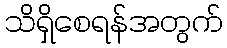
သိရှိစေရန်အတွက်